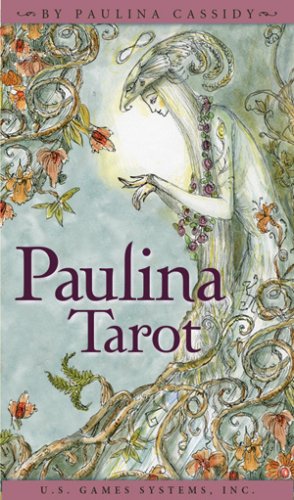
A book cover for Paulina Tarot; Paulina Cassidy; Humor & Entertainment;